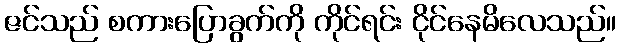
ဇင်သည် စကားပြောခွက်ကို ကိုင်ရင်း ငိုင်နေမိလေသည်။